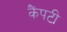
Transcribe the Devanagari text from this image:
कैंपटी